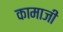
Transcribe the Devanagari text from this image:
कामाजी